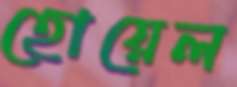
হোয়েল